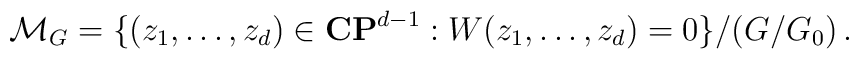
{\cal M}_G=\{ (z_1,\ldots,z_d)\in {\bf CP}^{d-1} : W(z_1,\ldots,z_d)=0\}/   (G/G_0)\,.